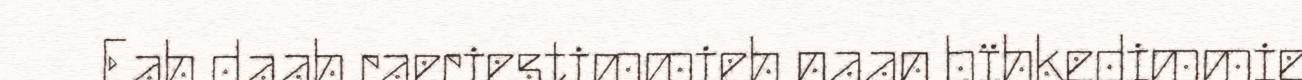
Eah daah raeriestimmieh naan bïhkedimmie